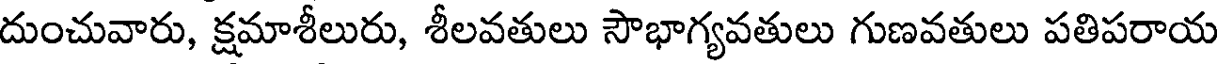
దుంచువారు, క్షమాశీలురు, శీలవతులు సౌభాగ్యవతులు గుణవతులు పతిపరాయ